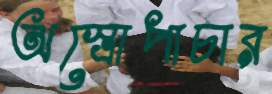
অস্ত্রোপাচার